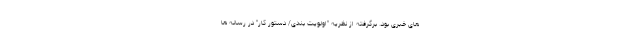
های خبری بود. برگرفته از نظریه "اولویت بندی/ دستور کار" در رسانه ها